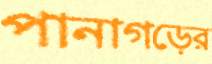
পানাগড়ের